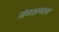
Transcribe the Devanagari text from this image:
जंक्शनला